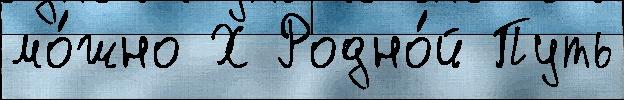
мо́жно Х Родно́й Путь